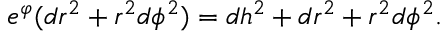
e ^ { \varphi } ( d r ^ { 2 } + r ^ { 2 } d \phi ^ { 2 } ) = d h ^ { 2 } + d r ^ { 2 } + r ^ { 2 } d \phi ^ { 2 } .